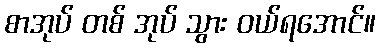
စာအုပ် တစ် အုပ် သွား ဝယ်ရအောင်။